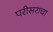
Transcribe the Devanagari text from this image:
परीसराचा